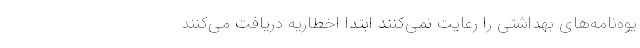
یوه‌نامه‌های بهداشتی را رعایت نمی‌کنند ابتدا اخطاریه دریافت می‌کنند